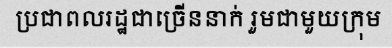
ប្រជាពលរដ្ឋជាច្រើននាក់ រួមជាមួយក្រុម